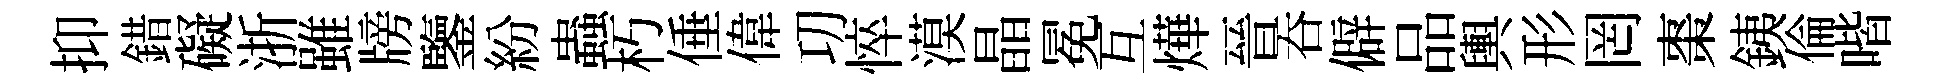
抑錯礙浙雖牓鑒紛蟲朽倕偉㓛悴漠晶冕互燁晉吞僻品輿形罔棗銕倫喈